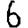
Digit: 6